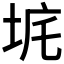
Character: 𡊾